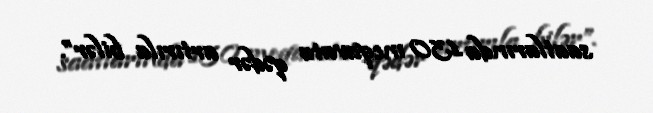
saatlarında 130 meqavata qədər artırıla bilər”.